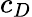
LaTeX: c_{D}